Malaria in the Punjab - Number 46
Disease focus: Malaria
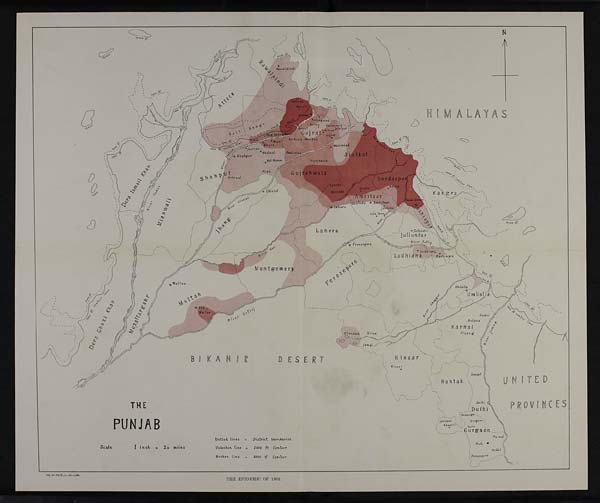
HIMALAYAS
BIKANIR DESERT
THE
PUNJAB
Scale 1 inch = 24 miles
Dotted lines = District boundaries
Unbroken line = 1000 ft Contour
Broken line = 2000 ft Contour
Reg
. No. 3123 E., 11. —H—1,204.
THE EPIDEMIC OF 1892.